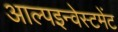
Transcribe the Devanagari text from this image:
आल्पइन्वेस्टमेंट